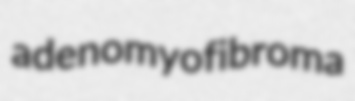
adenomyofibroma